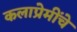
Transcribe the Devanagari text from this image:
कलाप्रेमींचे